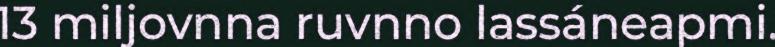
13 miljovnna ruvnno lassáneapmi.